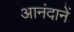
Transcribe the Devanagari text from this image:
आनंदानें